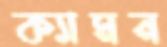
ক্যামন